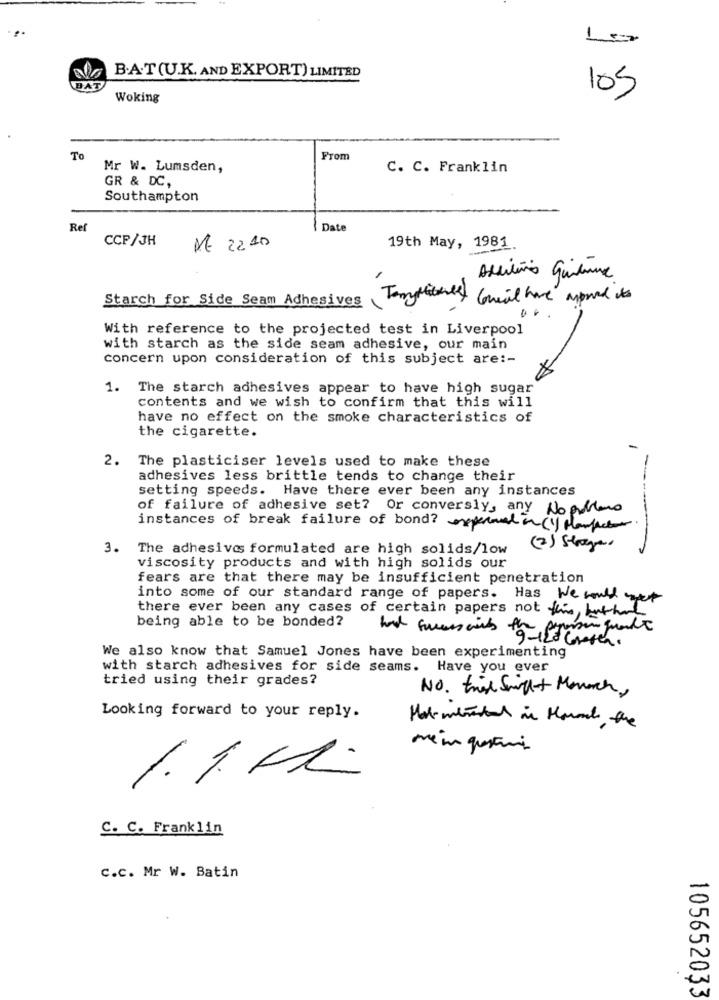
-
B.A.T(U.K. AND EXPORT) LIMITED
BAT
105
Woking
To
From
Mr W. Lumsden,
C. C. Franklin
GR & DC,
Southampton
Ref
Date
CCP/JH
NE 2210
19th May, 1981
Auditório quienme
Starch for Side Seam Adhesives Tomymues)
Great have moved to
With reference to the projected test in Liverpool
with starch as the side seam adhesive, our main
concern upon consideration of this subject are :-
1. The starch adhesives appear to have high sugar
contents and we wish to confirm that this will
have no effect on the smoke characteristics of
the cigarette.
2. The plasticiser levels used to make these
adhesives less brittle tends to change their
setting speeds. Have there ever been any instances
of failure of adhesive set? Or conversly, any Noplano
instances of break failure of bond? experten () planfact.
3. The adhesivas formulated are high solids/low
(2) Stages
viscosity products and with high solids our
fears are that there may be insufficient penetration
into some of our standard range of papers.
Has We would get
there ever been any cases of certain papers not ki, buthad
being able to be bonded?
9-120 Graten.
We also know that Samuel Jones have been experimenting
with starch adhesives for side seams.
Have you ever
tried using their grades?
NO. twee Sucht Monarch,
Looking forward to your reply.
1.1MM.
C. C. Franklin
C.c. Mr W. Batin
105652033